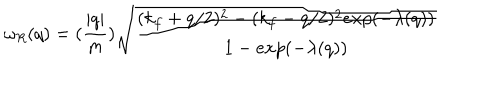
LaTeX: \omega _ { R } ( q ) = ( \frac { | q | } { m } ) \sqrt { \frac { ( k _ { f } + q / 2 ) ^ { 2 } - ( k _ { f } - q / 2 ) ^ { 2 } e x p ( - \lambda ( q ) ) } { 1 - e x p ( - \lambda ( q ) ) } }